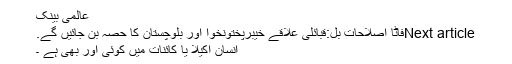
عالمی بینک
Next articleفاٹا اصلاحات بل:قبائلی علاقے خیبرپختونخوا اور بلوچستان کا حصہ بن جائیں گے.
انسان اکیلا یا کائنات میں کوئی اور بھی ہے ۔